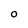
Character: O